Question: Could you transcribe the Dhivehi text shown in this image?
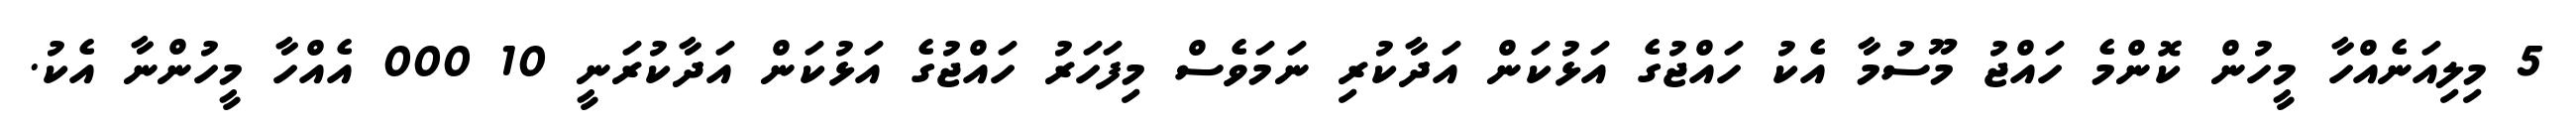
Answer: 5 މިލިއަނެއްހާ މީހުން ކޮންމެ ހައްޖު މޫސުމާ އެކު ހައްޖުގެ އަޅުކަން އަދާކުރި ނަމަވެސް މިފަހަރު ހައްޖުގެ އަޅުކަން އަދާކުރަނީ 10 000 އެއްހާ މީހުންނާ އެކު.